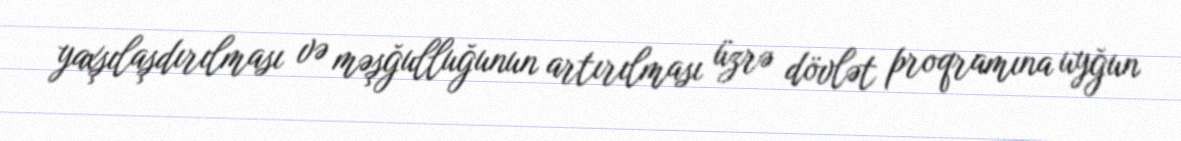
yaxşılaşdırılması və məşğulluğunun artırılması üzrə dövlət proqramına uyğun